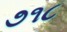
૭૧૮